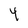
Character: 4